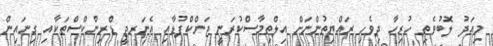
މިއަދު ލޮބުވެތި ހުރިހާ ދިވެހި ރައްޔިތުންނަށް އިލްތިމާސްކުރަނީ ޖަންކްފުޑާއި އެނަރޖީ ޑްރިންކްސްތަކާއި ގިނައިން